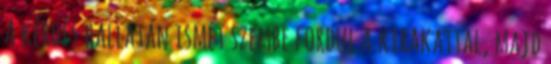
A kérdés hallatán ismét szembe fordul a kirakattal, majd